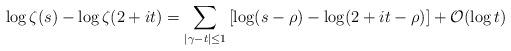
LaTeX: \begin{align*} \log \zeta(s)-\log \zeta(2+it)=\sum_{|\gamma-t|\leq 1} \left[\log (s-\rho)-\log(2+it-\rho)\right]+\mathcal{O}(\log t)\end{align*}